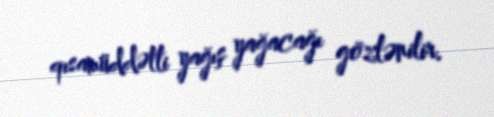
qısamüddətli yağış yağacağı gözlənilir.